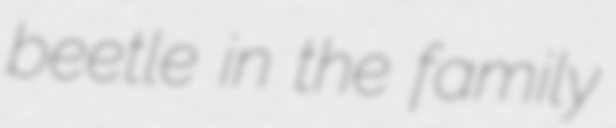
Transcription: beetle in the family